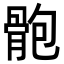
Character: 骲